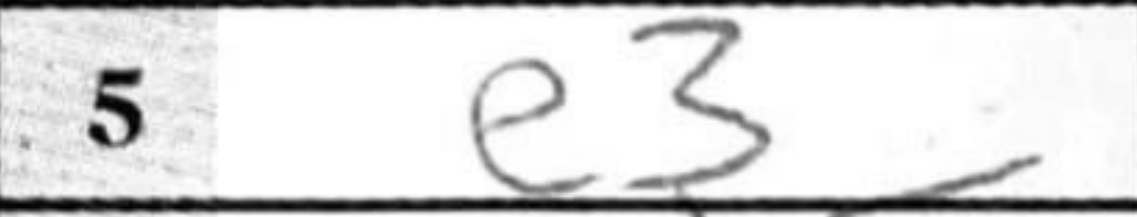
Transcription: e3